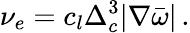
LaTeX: \nu_{e}=c_{l}\Delta_{c}^{3}|\nabla\bar{\omega}|\, .